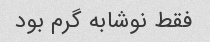
فقط نوشابه گرم بود